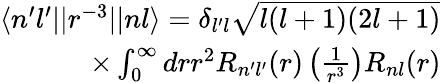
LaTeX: \begin{array}{r}{\langle n^{\prime}l^{\prime}||r^{-3}||nl\rangle=\delta_{l^{\prime}l}\sqrt{l(l+1)(2l+1)}}\\ {\times\int_{0}^{\infty}drr^{2}R_{n^{\prime}l^{\prime}}(r)\left(\frac{1}{r^{3}}\right)R_{nl}(r)}\end{array}